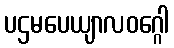
ပဌမပေယျာလဝဂ္ဂေါ